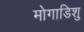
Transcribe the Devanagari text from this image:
मोगाडिशु